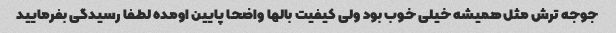
جوجه ترش مثل همیشه خیلی خوب بود ولی کیفیت بالها واضحا پایین اومده لطفا رسیدگی بفرمایید